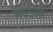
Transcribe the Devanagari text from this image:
मेयटल्स